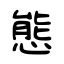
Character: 態